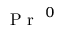
\mathrm { ~ \textit ~ { ~ P ~ r ~ } ~ } ^ { 0 }